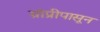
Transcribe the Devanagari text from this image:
ग्रांप्रीपासून